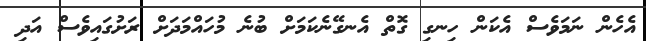
އެހެން ނަމަވެސް އެކަން ހިނގި ގޮތް އެނގޭނެކަމަށް ބުނެ މުހައްމަދަށް ރަށުގައިވެސް އަދި